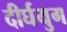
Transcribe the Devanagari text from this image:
दीर्घयुग